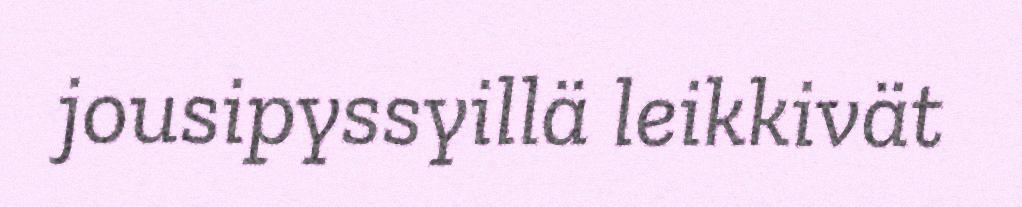
jousipyssyillä leikkivät